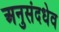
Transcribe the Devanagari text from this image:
अनुसंदधेव